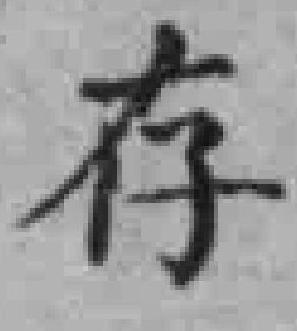
存